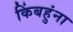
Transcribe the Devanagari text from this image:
किंबहुंना